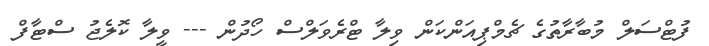
ފުޓްސަލް މުބާރާތުގެ ޗެމްޕިއަންކަން ވިލާ ޓްރެވަލްސް ހޯދުން --- ވީލާ ކޮލެޖު ސްޓާފް